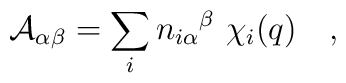
{\cal A}_{\alpha\beta} = \sum_i {n_{i\alpha}}^{\beta}\ \chi_i(q)\quad,